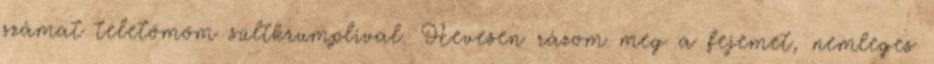
számat teletömöm sültkrumplival. Hevesen rázom meg a fejemet, nemleges